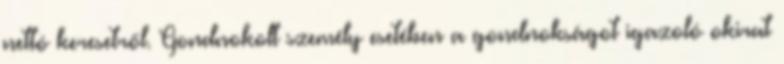
nettó keresetről. Gondnokolt személy esetében a gondnokságot igazoló okirat